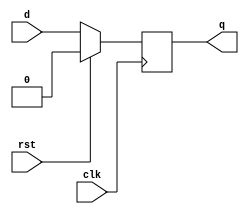
module Dflipflop(d,rst,clk,q);

input d,rst,clk;
output reg q;

always @(posedge clk) begin
if(rst)
q<=0;
else
q<=d;
end
endmodule

module Dflipflop_tb();

reg d,rst,clk;
wire q;
Dflipflop adel(d,rst,clk,q);
always begin

#100 clk=~clk;
#200 d=~d;
end

initial begin
d=0;
clk=0;
rst=0;
end
endmodule